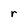
Character: r